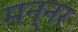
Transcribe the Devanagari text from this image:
मन्नर